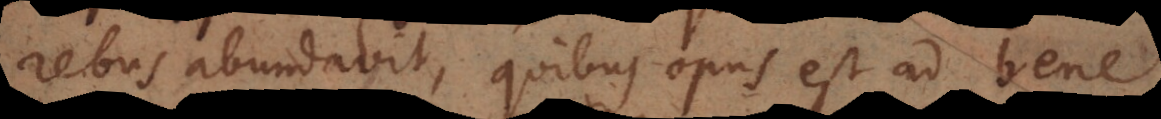
rebus abundabit, quibus opus est ad bene